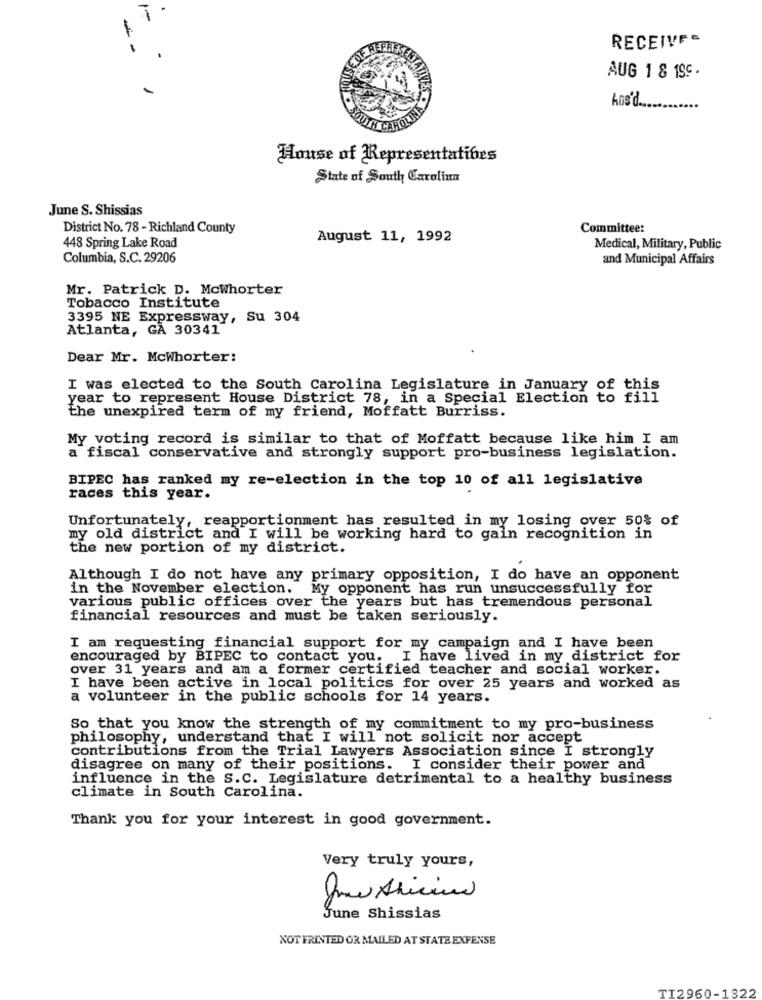
-
RECEIVES
AUG 1 & 19C.
hos'd ...
House of Representatives
State of South Carolina
June S. Shissias
District No. 78- Richland County
Committee:
August 11, 1992
448 Spring Lake Road
Medical, Military, Public
Columbia, S.C. 29206
and Municipal Affairs
Mr. Patrick D. Mcwhorter
Tobacco Institute
3395 NE Expressway, Su 304
Atlanta, GA 30341
Dear Mr. Mcwhorter:
I was elected to the South Carolina Legislature in January of this
year to represent House District 78, in a Special Election to fill
the unexpired term of my friend, Moffatt Burriss.
My voting record is similar to that of Moffatt because like him I am
a fiscal conservative and strongly support pro-business legislation.
BIPEC has ranked my re-election in the top 10 of all legislative
races this year.
Unfortunately, reapportionment has resulted in my losing over 50% of
my old district and I will be working hard to gain recognition in
the new portion of my district.
Although I do not have any primary opposition, I do have an opponent
in the November election.
My opponent has run unsuccessfully for
various public offices over the years but has tremendous personal
financial resources and must be taken seriously.
I am requesting financial support for my campaign and I have been
encouraged by BIPEC to contact you. I have lived in my district for
over 31 years and am a former certified teacher and social worker.
I have been active in local politics for over 25 years and worked as
a volunteer in the public schools for 14 years.
So that you know the strength of my commitment to my pro-business
philosophy, understand that I will not solicit nor accept
contributions from the Trial Lawyers Association since I strongly
disagree on many of their positions. I consider their power and
influence in the S.C. Legislature detrimental to a healthy business
climate in South Carolina.
Thank you for your interest in good government.
Very truly yours,
0
June Shissias
NOT FRINTED OR MAILED AT STATE EXPENSE
TI2960-1322